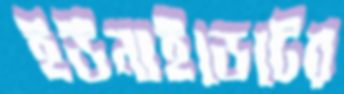
ইউনাইডেটের